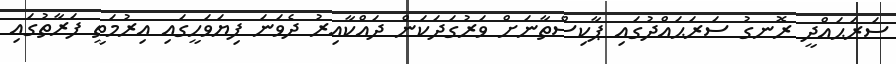
ސަރަޙައްދީ ރޮނގު ސަރަޙައްދުގައި ޕާކިސްތާނަށް ވަރުގަދަކަން ދައްކާއިރު ދެވަނަ ފިޔަވަހީގައި އިރުމަތީ ފަރާތުގައި